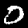
Digit: 0